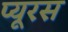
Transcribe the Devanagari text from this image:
प्यूरस